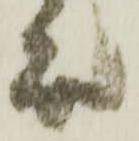
殿